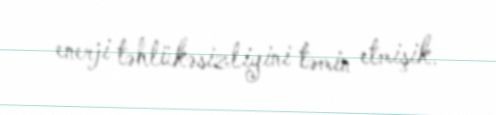
enerji təhlükəsizliyini təmin etmişik.